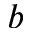
b